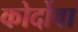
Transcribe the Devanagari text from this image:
कोर्दोवा